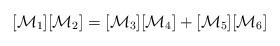
LaTeX: \begin{align*}[\mathcal{M}_1] [\mathcal{M}_2] = [\mathcal{M}_3] [\mathcal{M}_4] + [\mathcal{M}_5] [\mathcal{M}_6] \end{align*}